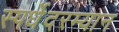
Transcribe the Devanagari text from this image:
स्पर्धेेदरम्यान